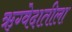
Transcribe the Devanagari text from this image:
ऋग्वेदातीला